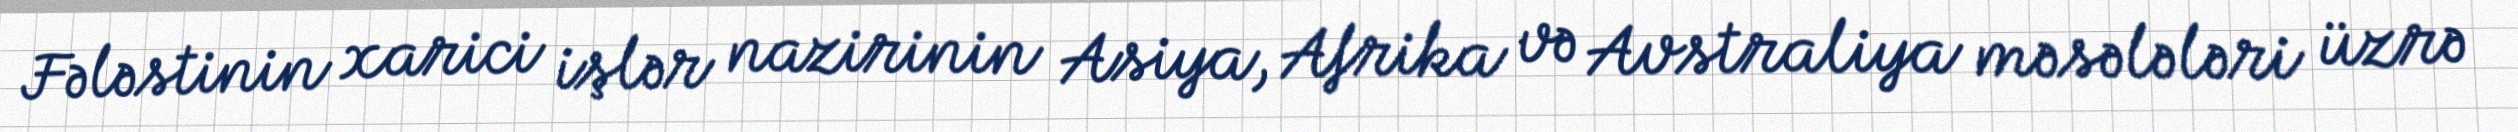
Fələstinin xarici işlər nazirinin Asiya, Afrika və Avstraliya məsələləri üzrə